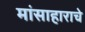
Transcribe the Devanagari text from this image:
मांसाहाराचे